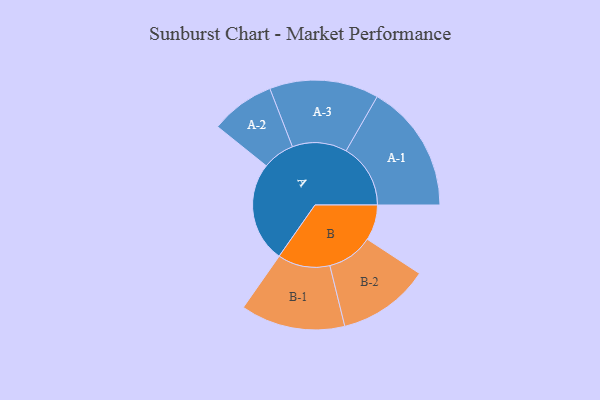
{"axis": {"x": "Segment", "y": "Value"}, "legend": ["", "A", "B"], "data": [{"x": "A", "y": 463, "type": ""}, {"x": "B", "y": 164, "type": ""}, {"x": "A-1", "y": 297, "type": "A"}, {"x": "A-2", "y": 148, "type": "A"}, {"x": "A-3", "y": 252, "type": "A"}, {"x": "B-1", "y": 241, "type": "B"}, {"x": "B-2", "y": 212, "type": "B"}]}